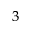
_ { 3 }